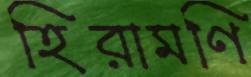
হিরামণি